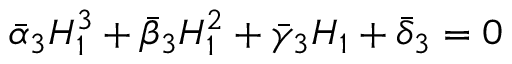
\bar { \alpha } _ { 3 } H _ { 1 } ^ { 3 } + \bar { \beta } _ { 3 } H _ { 1 } ^ { 2 } + \bar { \gamma } _ { 3 } H _ { 1 } + \bar { \delta } _ { 3 } = 0